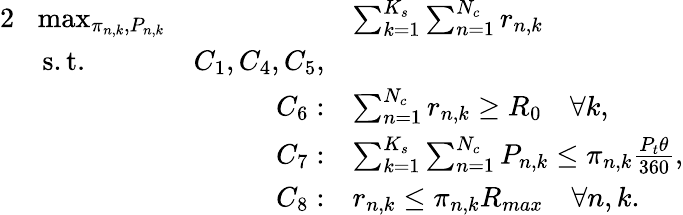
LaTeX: \begin{array}{rlrl}{{2}}&{\! \operatorname*{max}_{\pi_{n,k},P_{n,k}}}&{\quad}&{\sum_{k=1}^{K_{s}}\sum_{n=1}^{N_{c}}r_{n,k}}\\ &{\mathrm{s.t.}}&{C_{1},C_{4},C_{5},}\\ &{}&{C_{6}:}&{\sum_{n=1}^{N_{c}}r_{n,k}\geq R_{0}\quad\forall k,}\\ &{}&{C_{7}:}&{\sum_{k=1}^{K_{s}}\sum_{n=1}^{N_{c}}P_{n,k}\leq\pi_{n,k}\frac{P_{t}\theta}{360},}\\ &{}&{C_{8}:}&{r_{n,k}\leq\pi_{n,k}R_{max}\quad\forall n,k.}\end{array}